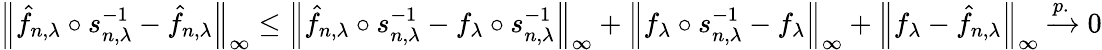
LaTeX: \Big\| \hat{f}_{n,\lambda}\circ s_{n,\lambda}^{-1}-\hat{f}_{n,\lambda}\Big\| _{\infty}\leq\Big\| \hat{f}_{n,\lambda}\circ s_{n,\lambda}^{-1}-f_{\lambda}\circ s_{n,\lambda}^{-1}\Big\| _{\infty}+\Big\| f_{\lambda}\circ s_{n,\lambda}^{-1}-f_{\lambda}\Big\| _{\infty}+\Big\| f_{\lambda}-\hat{f}_{n,\lambda}\Big\| _{\infty}\xrightarrow[]{p.}0